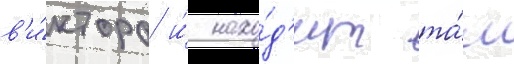
в'и́ктора и́ нахо́д'ит та́м